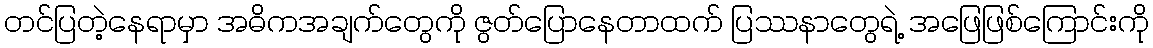
တင်ပြတဲ့နေရာမှာ အဓိကအချက်တွေကို ဇွတ်ပြောနေတာထက် ပြဿနာတွေရဲ့ အဖြေဖြစ်ကြောင်းကို